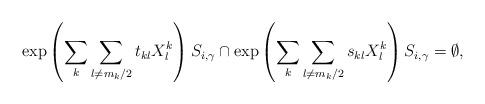
LaTeX: \begin{align*}\exp\left(\sum_k\sum_{l\not=m_k/2}t_{kl}X_l^k\right)S_{i,\gamma}\cap\exp\left(\sum_k \sum_{l\not=m_k/2}s_{kl}X_l^k\right)S_{i,\gamma}=\emptyset,\end{align*}